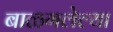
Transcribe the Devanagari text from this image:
बाळगलेल्या